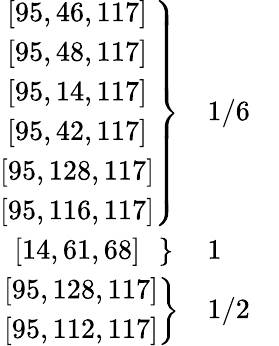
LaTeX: \begin{array}{rlr}{\left.\begin{array}{c}{\left[95,46,117\right]}\\ {\left[95,48,117\right]}\\ {\left[95,14,117\right]}\\ {\left[95,42,117\right]}\\ {\left[95,128,117\right]}\\ {\left[95,116,117\right]}\end{array}\right\} }&{1/6}&\\ {\left.\left[14,61,68\right]\: \: \: \right\} \: }&{1}&\\ {\left.\begin{array}{c}{\left[95,128,117\right]}\\ {\left[95,112,117\right]}\end{array}\right\} }&{1/2}&\end{array}